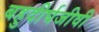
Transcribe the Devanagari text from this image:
बहुदीर्घजीवी